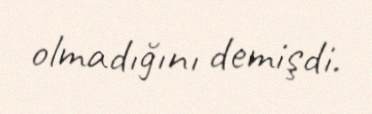
olmadığını demişdi.